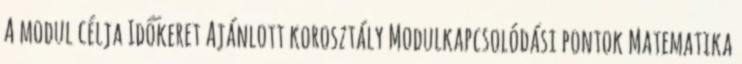
A modul célja Időkeret Ajánlott korosztály Modulkapcsolódási pontok Matematika